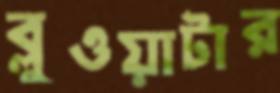
ব্লুওয়াটার